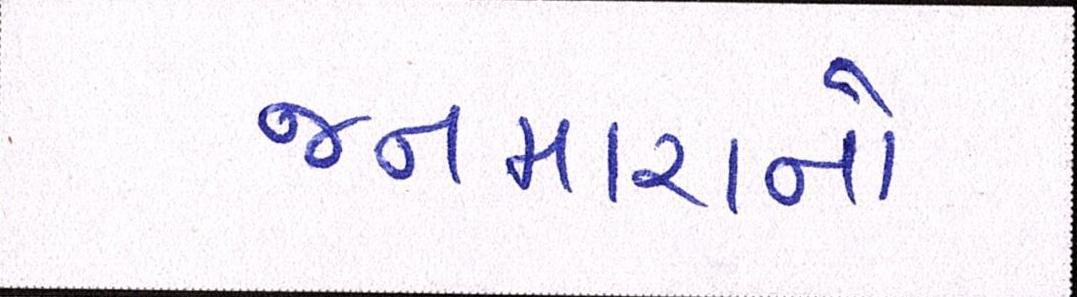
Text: જનમારાનો